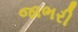
જાભરી